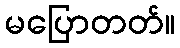
မပြောတတ်။